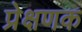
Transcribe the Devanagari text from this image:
प्रेक्षणक